Tartu_linnavalitsus, lk 13
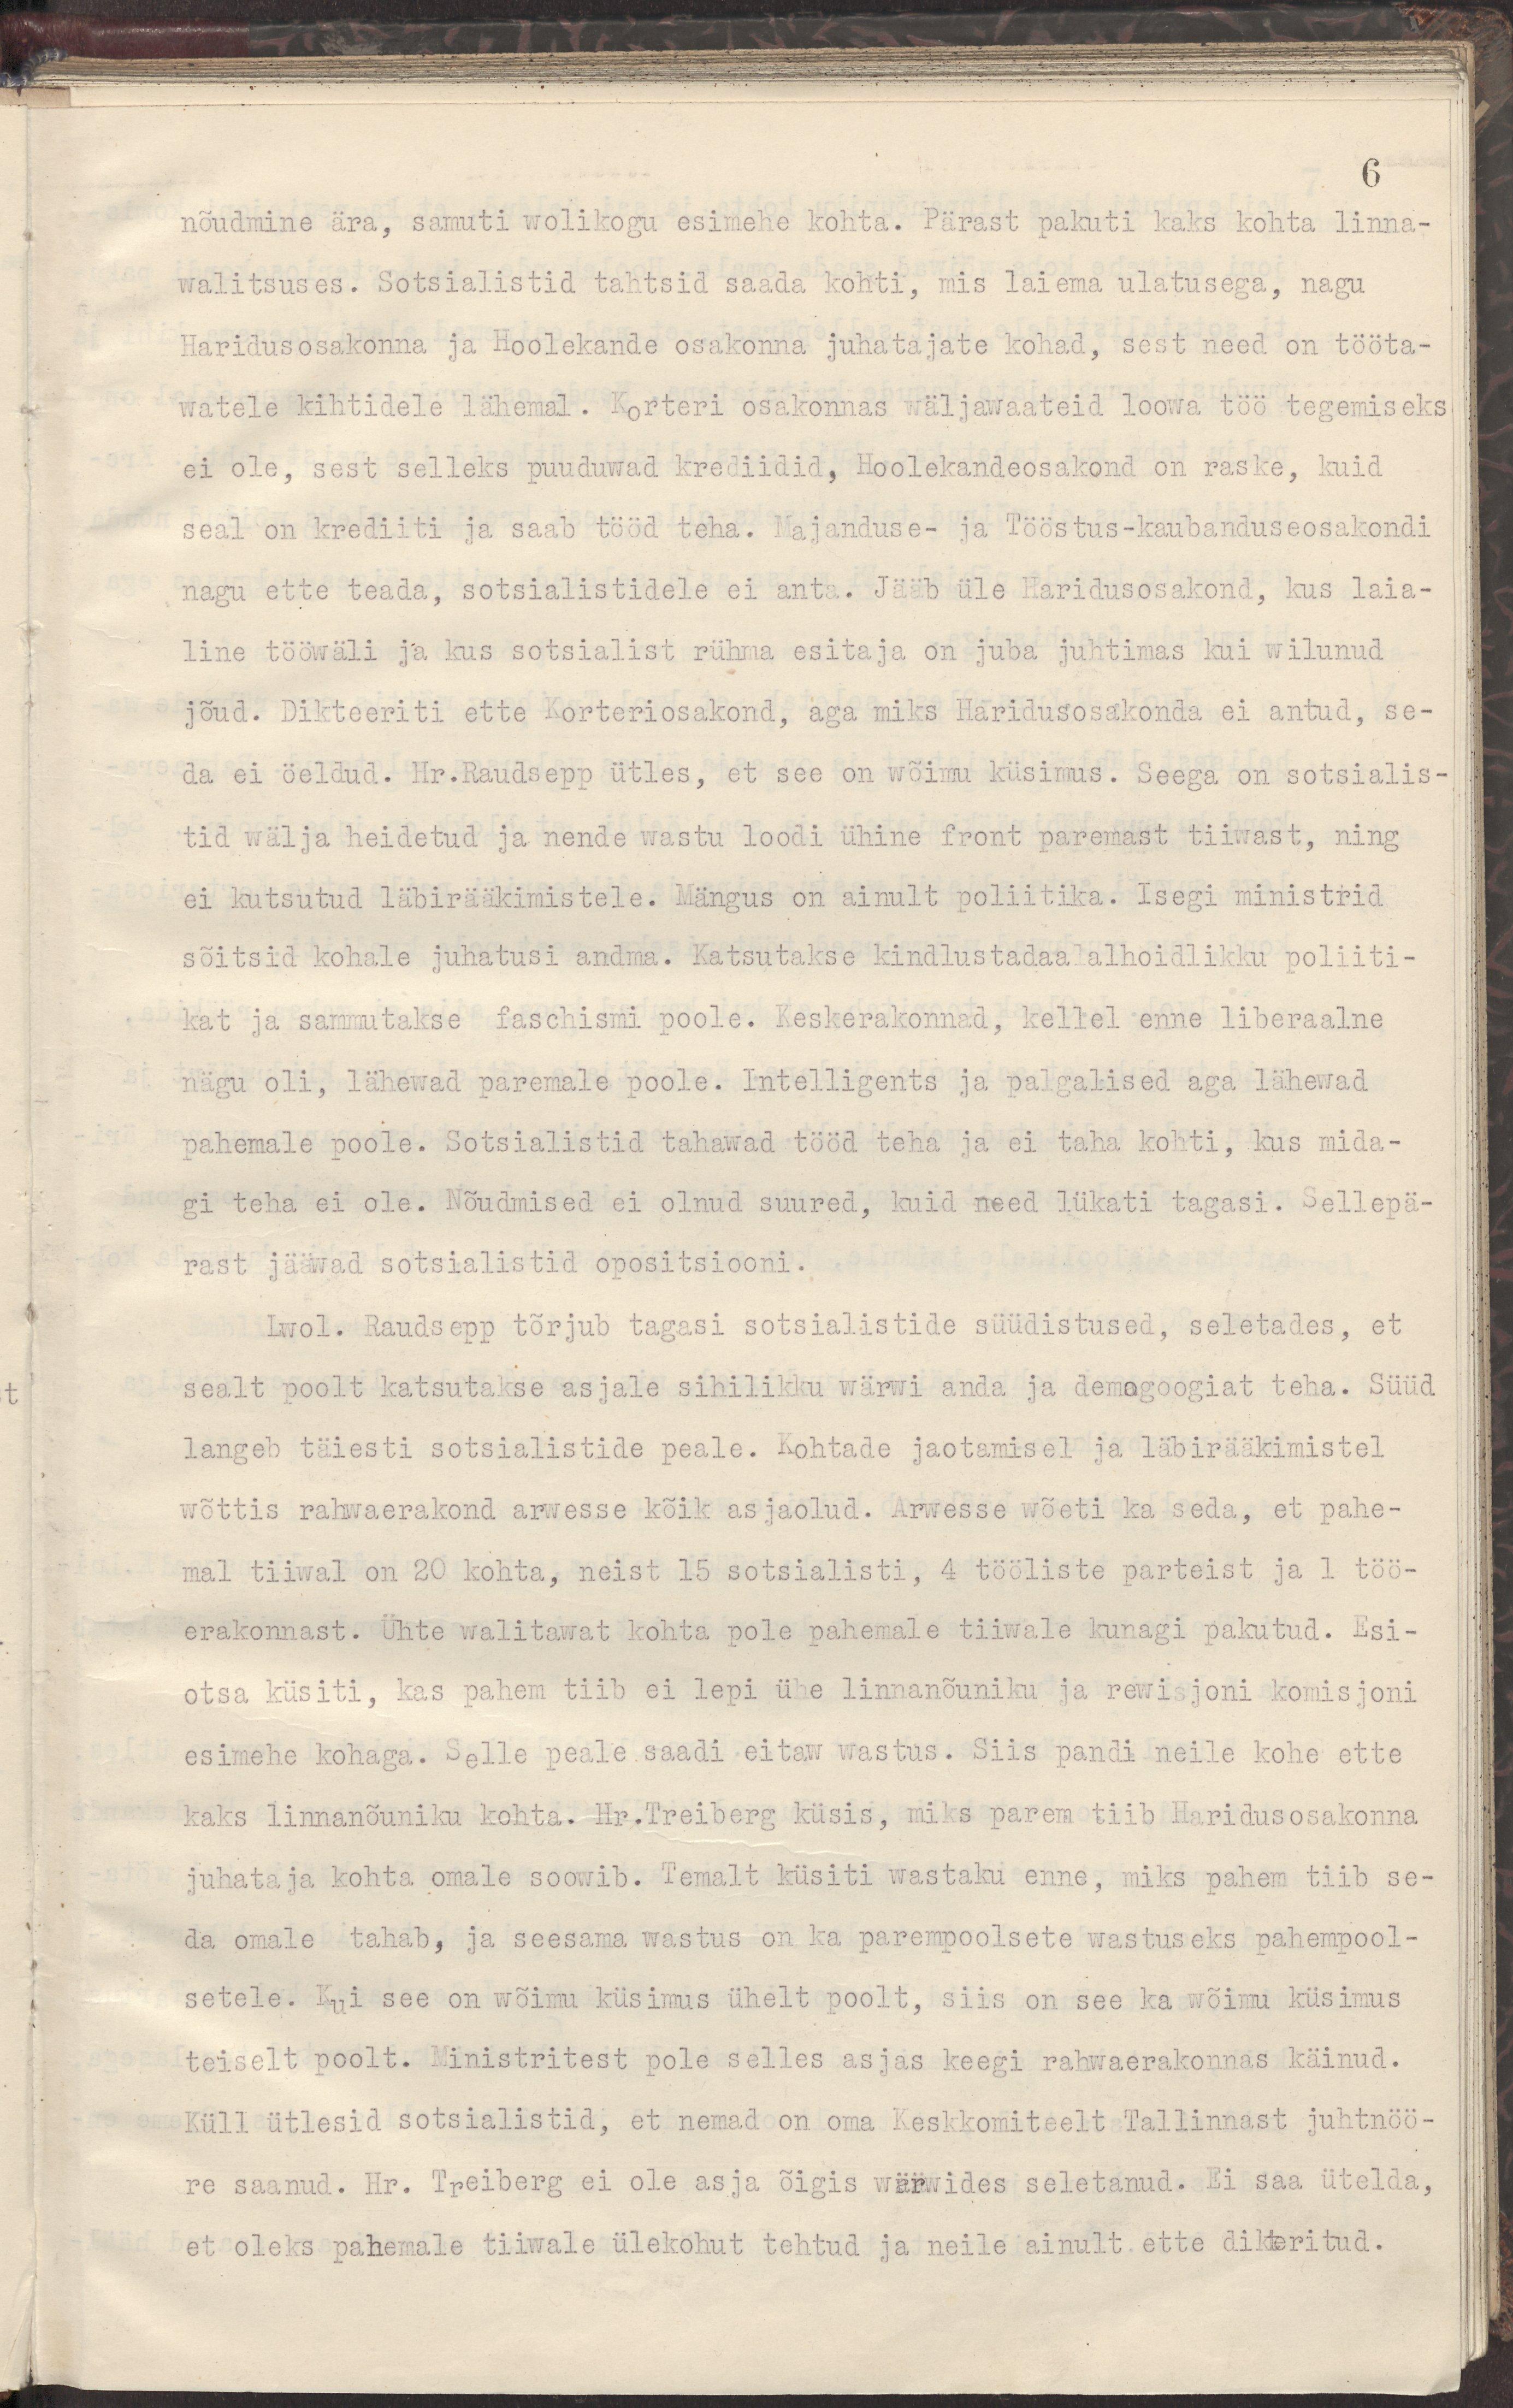
6
nõudmine ära, samuti wolikogu esimehe kohta. Pärast pakuti kaks kohta linna-
walitsuses. Sotsialistid tahtsid saada kohti, mis laiema ulatusega, nagu
Haridusosakonna ja Hoolekande osakonna juhatajate kohad, sest need on tööta-
watele kihtidele lähemal. Korteri osakonnas wäljawaateid loowa töö tegemiseks
ei ole, sest selleks puuduwad krediidid, Hoolekandeosakond on raske, kuid
seal on krediiti ja saab tööd teha. Majanduse- ja Tööstus-kaubanduseosakondi
nagu ette teada, sotsialistidele ei anta. Jääb üle Haridusosakond, kus laia-
line tööwäli ja kus sotsialist rühma esitaja on juba juhtimas kui wilunud
jõud. Dikteeriti ette Korteriosakond, aga miks Haridusosakonda ei antud, se-
da ei öeldud. Hr.Raudsepp ütles, et see on wõimu küsimus. Seega on sotsialis-
tid wälja heidetud ja nende wastu loodi ühine front paremast tiiwast, ning
ei kutsutud läbirääkimistele. Mängus on ainult poliitika. Isegi ministrid
sõitsid kohale juhatusi andma. Katsutakse kindlustadaalalhoidlikku poliiti-
kat ja sammutakse faschismi poole. Keskerakonnad, kellel enne liberaalne
nägu oli, lähewad paremale poole. Intelligents ja palgalised aga lähewad
pahemale poole. Sotsialistid tahawad tööd teha ja ei taha kohti, kus mida-
gi teha ei ole. Nõudmised ei olnud suured, kuid need lükati tagasi. Sellepä-
rast jääwad sotsialistid opositsiooni.
Lwol. Raudsepp tõrjub tagasi sotsialistide süüdistused, seletades, et
sealt poolt katsutakse asjale sihilikku wärwi anda ja demogoogiat teha. Süüd
langeb täiesti sotsialistide peale. Kohtade jaotamisel ja läbirääkimistel
wõttis rahwaerakond arwesse kõik asjaolud. Arwesse wõeti ka seda, et pahe-
mal tiiwal on 20 kohta, neist 15 sotsialisti, 4 tööliste parteist ja 1 töö-
erakonnast. Ühte walitawat kohta pole pahemale tiiwale kunagi pakutud. Esi-
otsa küsiti, kas pahem tiib ei lepi ühe linnanõuniku ja rewisjoni komisjoni
esimehe kohaga. Selle peale saadi eitaw wastus. Siis pandi neile kohe ette
kaks linnanõuniku kohta. Hr. Treiberg küsis, miks parem tiib Haridusosakonna
juhataja kohta omale soowib. Temalt küsiti wastaku enne, miks pahem tiib se-
da omale tahab, ja seesama wastus on ka parempoolsete wastuseks pahempool-
setele. Kui see on wõimu küsimus ühelt poolt, siis on see ka wõimu küsimus
teiselt poolt. Ministritest pole selles asjas keegi rahwaerakonnas käinud.
Küll ütlesid sotsialistid, et nemad on oma Keskkomiteelt Tallinnast juhtnöö-
re saanud. Hr. Treiberg ei ole asja õigis wärwides seletanud. Ei saa ütelda,
et oleks pahemale tiiwale ülekohut tehtud ja neile ainult ette dikteritud.